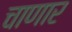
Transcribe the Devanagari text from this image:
चाणार